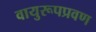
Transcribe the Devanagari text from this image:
वायुरूपप्रवण